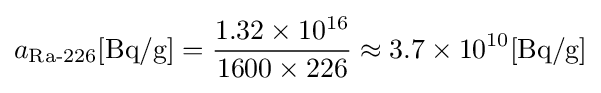
a_{\text{Ra-226}}[{\text{Bq/g}}]={\frac {1.32\times 10^{16}}{1600\times 226}}\approx 3.7\times 10^{10}[{\text{Bq/g}}]